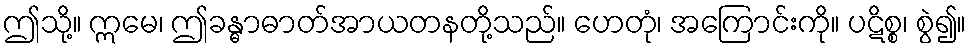
ဤသို့။ ဣမေ၊ ဤခန္ဓာဓာတ်အာယတနတို့သည်။ ဟေတုံ၊ အကြောင်းကို။ ပဋိစ္စ၊ စွဲ၍။